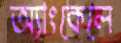
অ্যাংকেলে